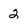
Character: 2